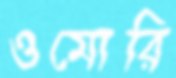
ওমোরি